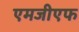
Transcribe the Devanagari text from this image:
एमजीएफ